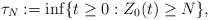
LaTeX: \begin{align*} \tau_N := \inf\{t\geq0: Z_0(t) \geq N\},\end{align*}